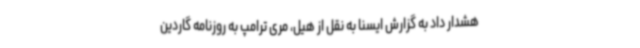
هشدار داد به گزارش ایسنا به نقل از هیل، مری ترامپ به روزنامه گاردین